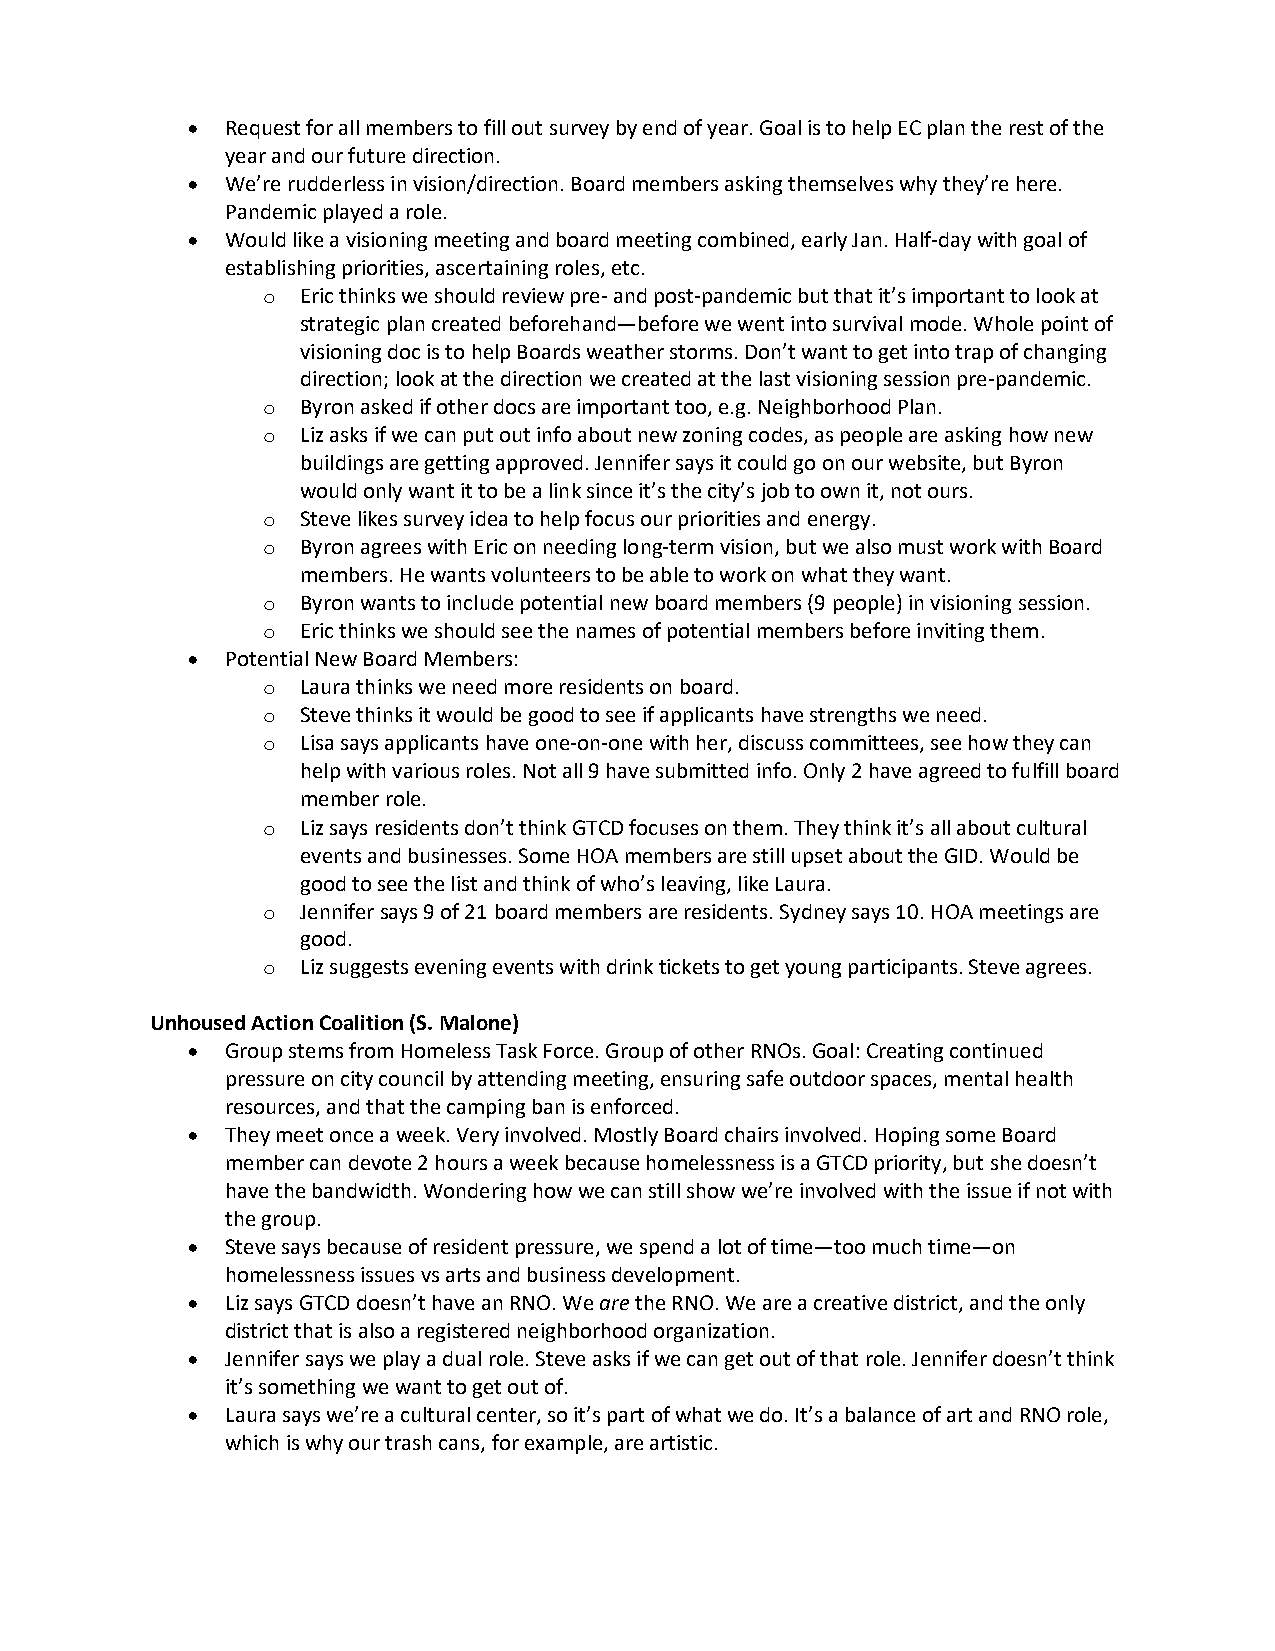
•  Request for all members to fill out survey by end of year. Goal is to help EC plan the rest of the
 year and our future direction.
 •  We’re rudderless in vision/direction. Board members asking themselves why they’re here.
 Pandemic played a role.
 •  Would like a visioning meeting and board meeting combined, early Jan. Half-day with goal of
 establishing priorities, ascertaining roles, etc.
 o  Eric thinks we should review pre- and post-pandemic but that it’s important to look at
 strategic plan created beforehand—before we went into survival mode. Whole point of
 visioning doc is to help Boards weather storms. Don’t want to get into trap of changing
 direction; look at the direction we created at the last visioning session pre-pandemic.
 o  Byron asked if other docs are important too, e.g. Neighborhood Plan.
 o  Liz asks if we can put out info about new zoning codes, as people are asking how new
 buildings are getting approved. Jennifer says it could go on our website, but Byron
 would only want it to be a link since it’s the city’s job to own it, not ours.
 o  Steve likes survey idea to help focus our priorities and energy.
 o  Byron agrees with Eric on needing long-term vision, but we also must work with Board
 members. He wants volunteers to be able to work on what they want.
 o  Byron wants to include potential new board members (9 people) in visioning session.
 o  Eric thinks we should see the names of potential members before inviting them.
 •  Potential New Board Members:
 o  Laura thinks we need more residents on board.
 o  Steve thinks it would be good to see if applicants have strengths we need.
 o  Lisa says applicants have one-on-one with her, discuss committees, see how they can
 help with various roles. Not all 9 have submitted info. Only 2 have agreed to fulfill board
 member role.
 o  Liz says residents don’t think GTCD focuses on them. They think it’s all about cultural
 events and businesses. Some HOA members are still upset about the GID. Would be
 good to see the list and think of who’s leaving, like Laura.
 o  Jennifer says 9 of 21 board members are residents. Sydney says 10. HOA meetings are
 good.
 o  Liz suggests evening events with drink tickets to get young participants. Steve agrees.
 Unhoused Action Coalition (S. Malone)
 •  Group stems from Homeless Task Force. Group of other RNOs. Goal: Creating continued
 pressure on city council by attending meeting, ensuring safe outdoor spaces, mental health
 resources, and that the camping ban is enforced.
 •  They meet once a week. Very involved. Mostly Board chairs involved. Hoping some Board
 member can devote 2 hours a week because homelessness is a GTCD priority, but she doesn’t
 have the bandwidth. Wondering how we can still show we’re involved with the issue if not with
 the group.
 •  Steve says because of resident pressure, we spend a lot of time—too much time—on
 homelessness issues vs arts and business development.
 •  Liz says GTCD doesn’t have an RNO. We are the RNO. We are a creative district, and the only
 district that is also a registered neighborhood organization.
 •  Jennifer says we play a dual role. Steve asks if we can get out of that role. Jennifer doesn’t think
 it’s something we want to get out of.
 •  Laura says we’re a cultural center, so it’s part of what we do. It’s a balance of art and RNO role,
 which is why our trash cans, for example, are artistic.